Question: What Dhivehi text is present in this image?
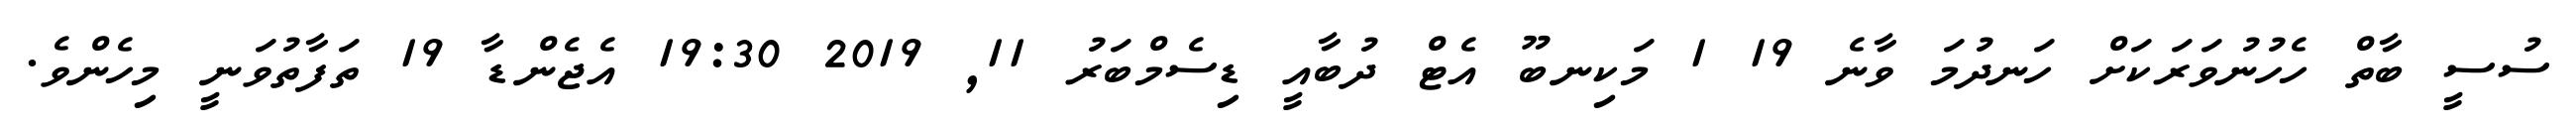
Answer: ސުސީ ބާތް ހެހުނުވަރަކަށް ހަނދުމަ ވާނެ 19 1 މަކިނބޫ އެޓް ދުބާއީ ޑިސެމްބަރު 11, 2019 19:30 އެޖެންޑާ 19 ތަފާތުވަނީ މިހެންވެ.